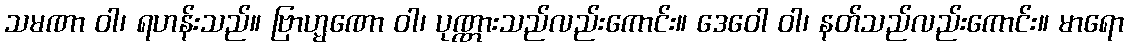
သမဏာ ဝါ၊ ရဟန်းသည်။ ဗြာဟ္မဏော ဝါ၊ ပုဏ္ဏားသည်လည်းကောင်း။ ဒေဝေါ ဝါ၊ နတ်သည်လည်းကောင်း။ မာရော